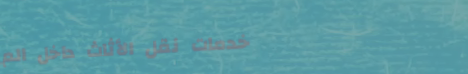
خدمات نقل الأثاث داخل الم